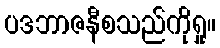
ပဒဘာဇနီစသည်ကိုရှု။